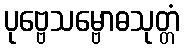
ပုဗ္ဗေသမ္ဗောဓသုတ္တံ